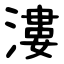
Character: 漊